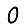
Digit: 0